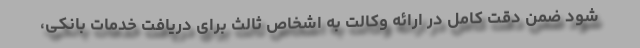
شود ضمن دقت کامل در ارائه وکالت به اشخاص ثالث برای دریافت خدمات بانکی،